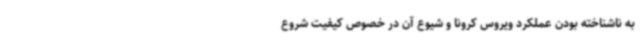
به ناشناخته بودن عملکرد ویروس کرونا و شیوع آن در خصوص کیفیت شروع